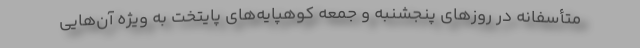
متأسفانه در روز‌های پنجشنبه و جمعه کوهپایه‌های پایتخت به ویژه آن‌هایی